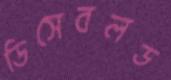
ডিসেবলড